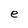
Character: e